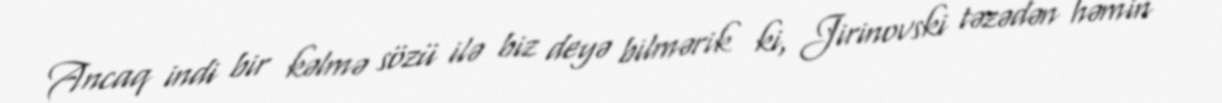
Ancaq indi bir kəlmə sözü ilə biz deyə bilmərik ki, Jirinovski təzədən həmin